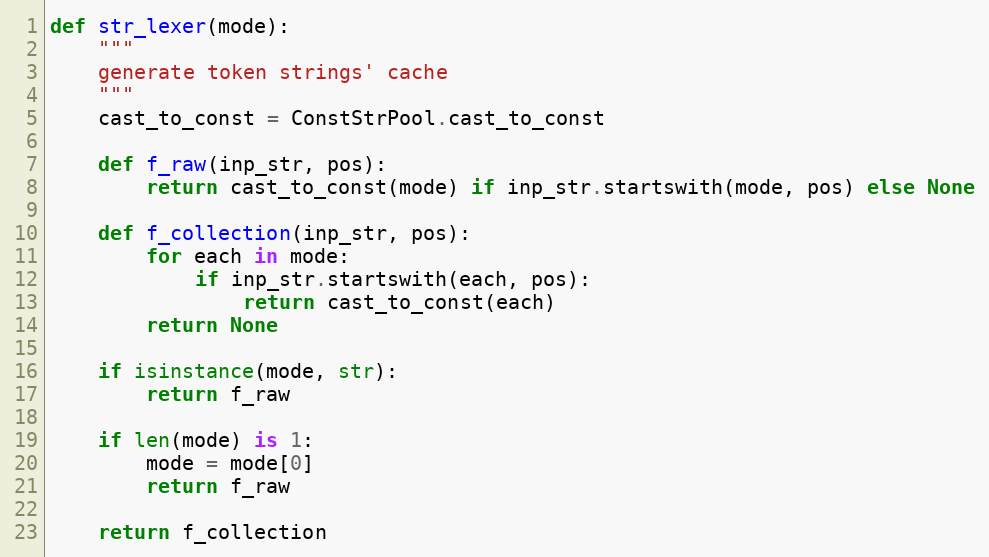
Language: Python
def str_lexer(mode):
    """
    generate token strings' cache
    """
    cast_to_const = ConstStrPool.cast_to_const

    def f_raw(inp_str, pos):
        return cast_to_const(mode) if inp_str.startswith(mode, pos) else None

    def f_collection(inp_str, pos):
        for each in mode:
            if inp_str.startswith(each, pos):
                return cast_to_const(each)
        return None

    if isinstance(mode, str):
        return f_raw

    if len(mode) is 1:
        mode = mode[0]
        return f_raw

    return f_collection